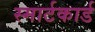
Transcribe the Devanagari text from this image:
स्मार्टकार्ड